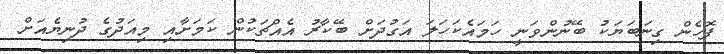
ފޮހެން ގިނަބަޔަކު ބޭނުންވަނީ ހަމައެކަހަލަ އަގުދަށް ބޭކާރު އެއްޗަކުން ކަމަށާއި މިއަދުގެ ދުނިޔެއަށް